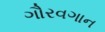
ગૌરવગાન